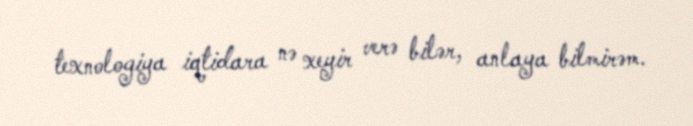
texnologiya iqtidara nə xeyir verə bilər, anlaya bilmirəm.